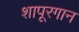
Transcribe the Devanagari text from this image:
शापूरगान